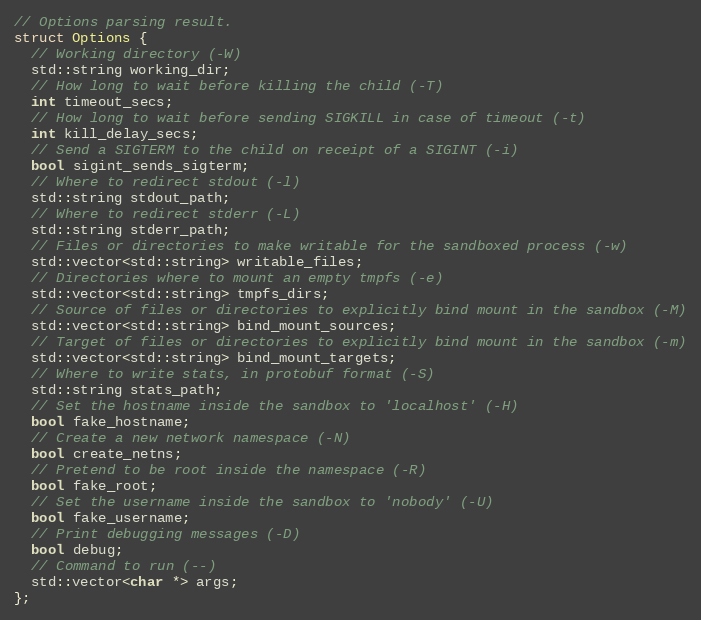
Language: C
// Options parsing result.
struct Options {
  // Working directory (-W)
  std::string working_dir;
  // How long to wait before killing the child (-T)
  int timeout_secs;
  // How long to wait before sending SIGKILL in case of timeout (-t)
  int kill_delay_secs;
  // Send a SIGTERM to the child on receipt of a SIGINT (-i)
  bool sigint_sends_sigterm;
  // Where to redirect stdout (-l)
  std::string stdout_path;
  // Where to redirect stderr (-L)
  std::string stderr_path;
  // Files or directories to make writable for the sandboxed process (-w)
  std::vector<std::string> writable_files;
  // Directories where to mount an empty tmpfs (-e)
  std::vector<std::string> tmpfs_dirs;
  // Source of files or directories to explicitly bind mount in the sandbox (-M)
  std::vector<std::string> bind_mount_sources;
  // Target of files or directories to explicitly bind mount in the sandbox (-m)
  std::vector<std::string> bind_mount_targets;
  // Where to write stats, in protobuf format (-S)
  std::string stats_path;
  // Set the hostname inside the sandbox to 'localhost' (-H)
  bool fake_hostname;
  // Create a new network namespace (-N)
  bool create_netns;
  // Pretend to be root inside the namespace (-R)
  bool fake_root;
  // Set the username inside the sandbox to 'nobody' (-U)
  bool fake_username;
  // Print debugging messages (-D)
  bool debug;
  // Command to run (--)
  std::vector<char *> args;
};